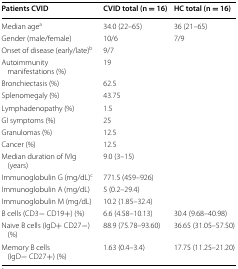
<table><thead><tr><td><b>Patients CVID</b></td><td><b>CVID total (n = 16)</b></td><td><b>HC total (n = 16)</b></td></tr></thead><tbody><tr><td>Median age<sup>a</sup></td><td>34.0 (22–65)</td><td>36 (21–65)</td></tr><tr><td>Gender (male/female)</td><td>10/6</td><td>7/9</td></tr><tr><td>Onset of disease (early/late)<sup>b</sup></td><td>9/7</td><td></td></tr><tr><td>Autoimmunity manifestations (%)</td><td>19</td><td></td></tr><tr><td>Bronchiectasis (%)</td><td>62.5</td><td></td></tr><tr><td>Splenomegaly (%)</td><td>43.75</td><td></td></tr><tr><td>Lymphadenopathy (%)</td><td>1.5</td><td></td></tr><tr><td>GI symptoms (%)</td><td>25</td><td></td></tr><tr><td>Granulomas (%)</td><td>12.5</td><td></td></tr><tr><td>Cancer (%)</td><td>12.5</td><td></td></tr><tr><td>Median duration of IVIg (years)</td><td>9.0 (3–15)</td><td></td></tr><tr><td>Immunoglobulin G (mg/dL)<sup>c</sup></td><td>771.5 (459–926)</td><td></td></tr><tr><td>Immunoglobulin A (mg/dL)</td><td>5 (0.2–29.4)</td><td></td></tr><tr><td>Immunoglobulin M (mg/dL)</td><td>10.2 (1.85–32.4)</td><td></td></tr><tr><td>B cells (CD3− CD19+) (%)</td><td>6.6 (4.58–10.13)</td><td>30.4 (9.68–40.98)</td></tr><tr><td>Naive B cells (IgD+ CD27−) (%)</td><td>88.9 (75.78–93.60)</td><td>36.65 (31.05–57.50)</td></tr><tr><td>Memory B cells (IgD− CD27+) (%)</td><td>1.63 (0.4–3.4)</td><td>17.75 (11.25–21.20)</td></tr></tbody></table>